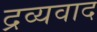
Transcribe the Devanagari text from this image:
द्रव्यवाद